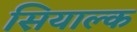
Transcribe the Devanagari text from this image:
सियाल्क